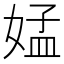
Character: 𡝹